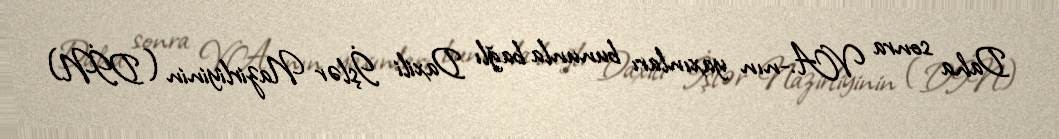
Daha sonra V.A.-nın yaxınları bununla bağlı Daxili İşlər Nazirliyinin (DİN)